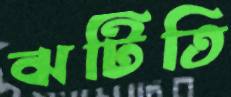
ঝটিতি